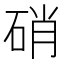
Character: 硝